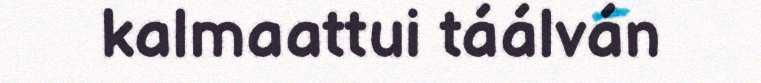
kalmaattui táálván